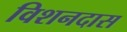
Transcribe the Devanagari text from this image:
विशनदास